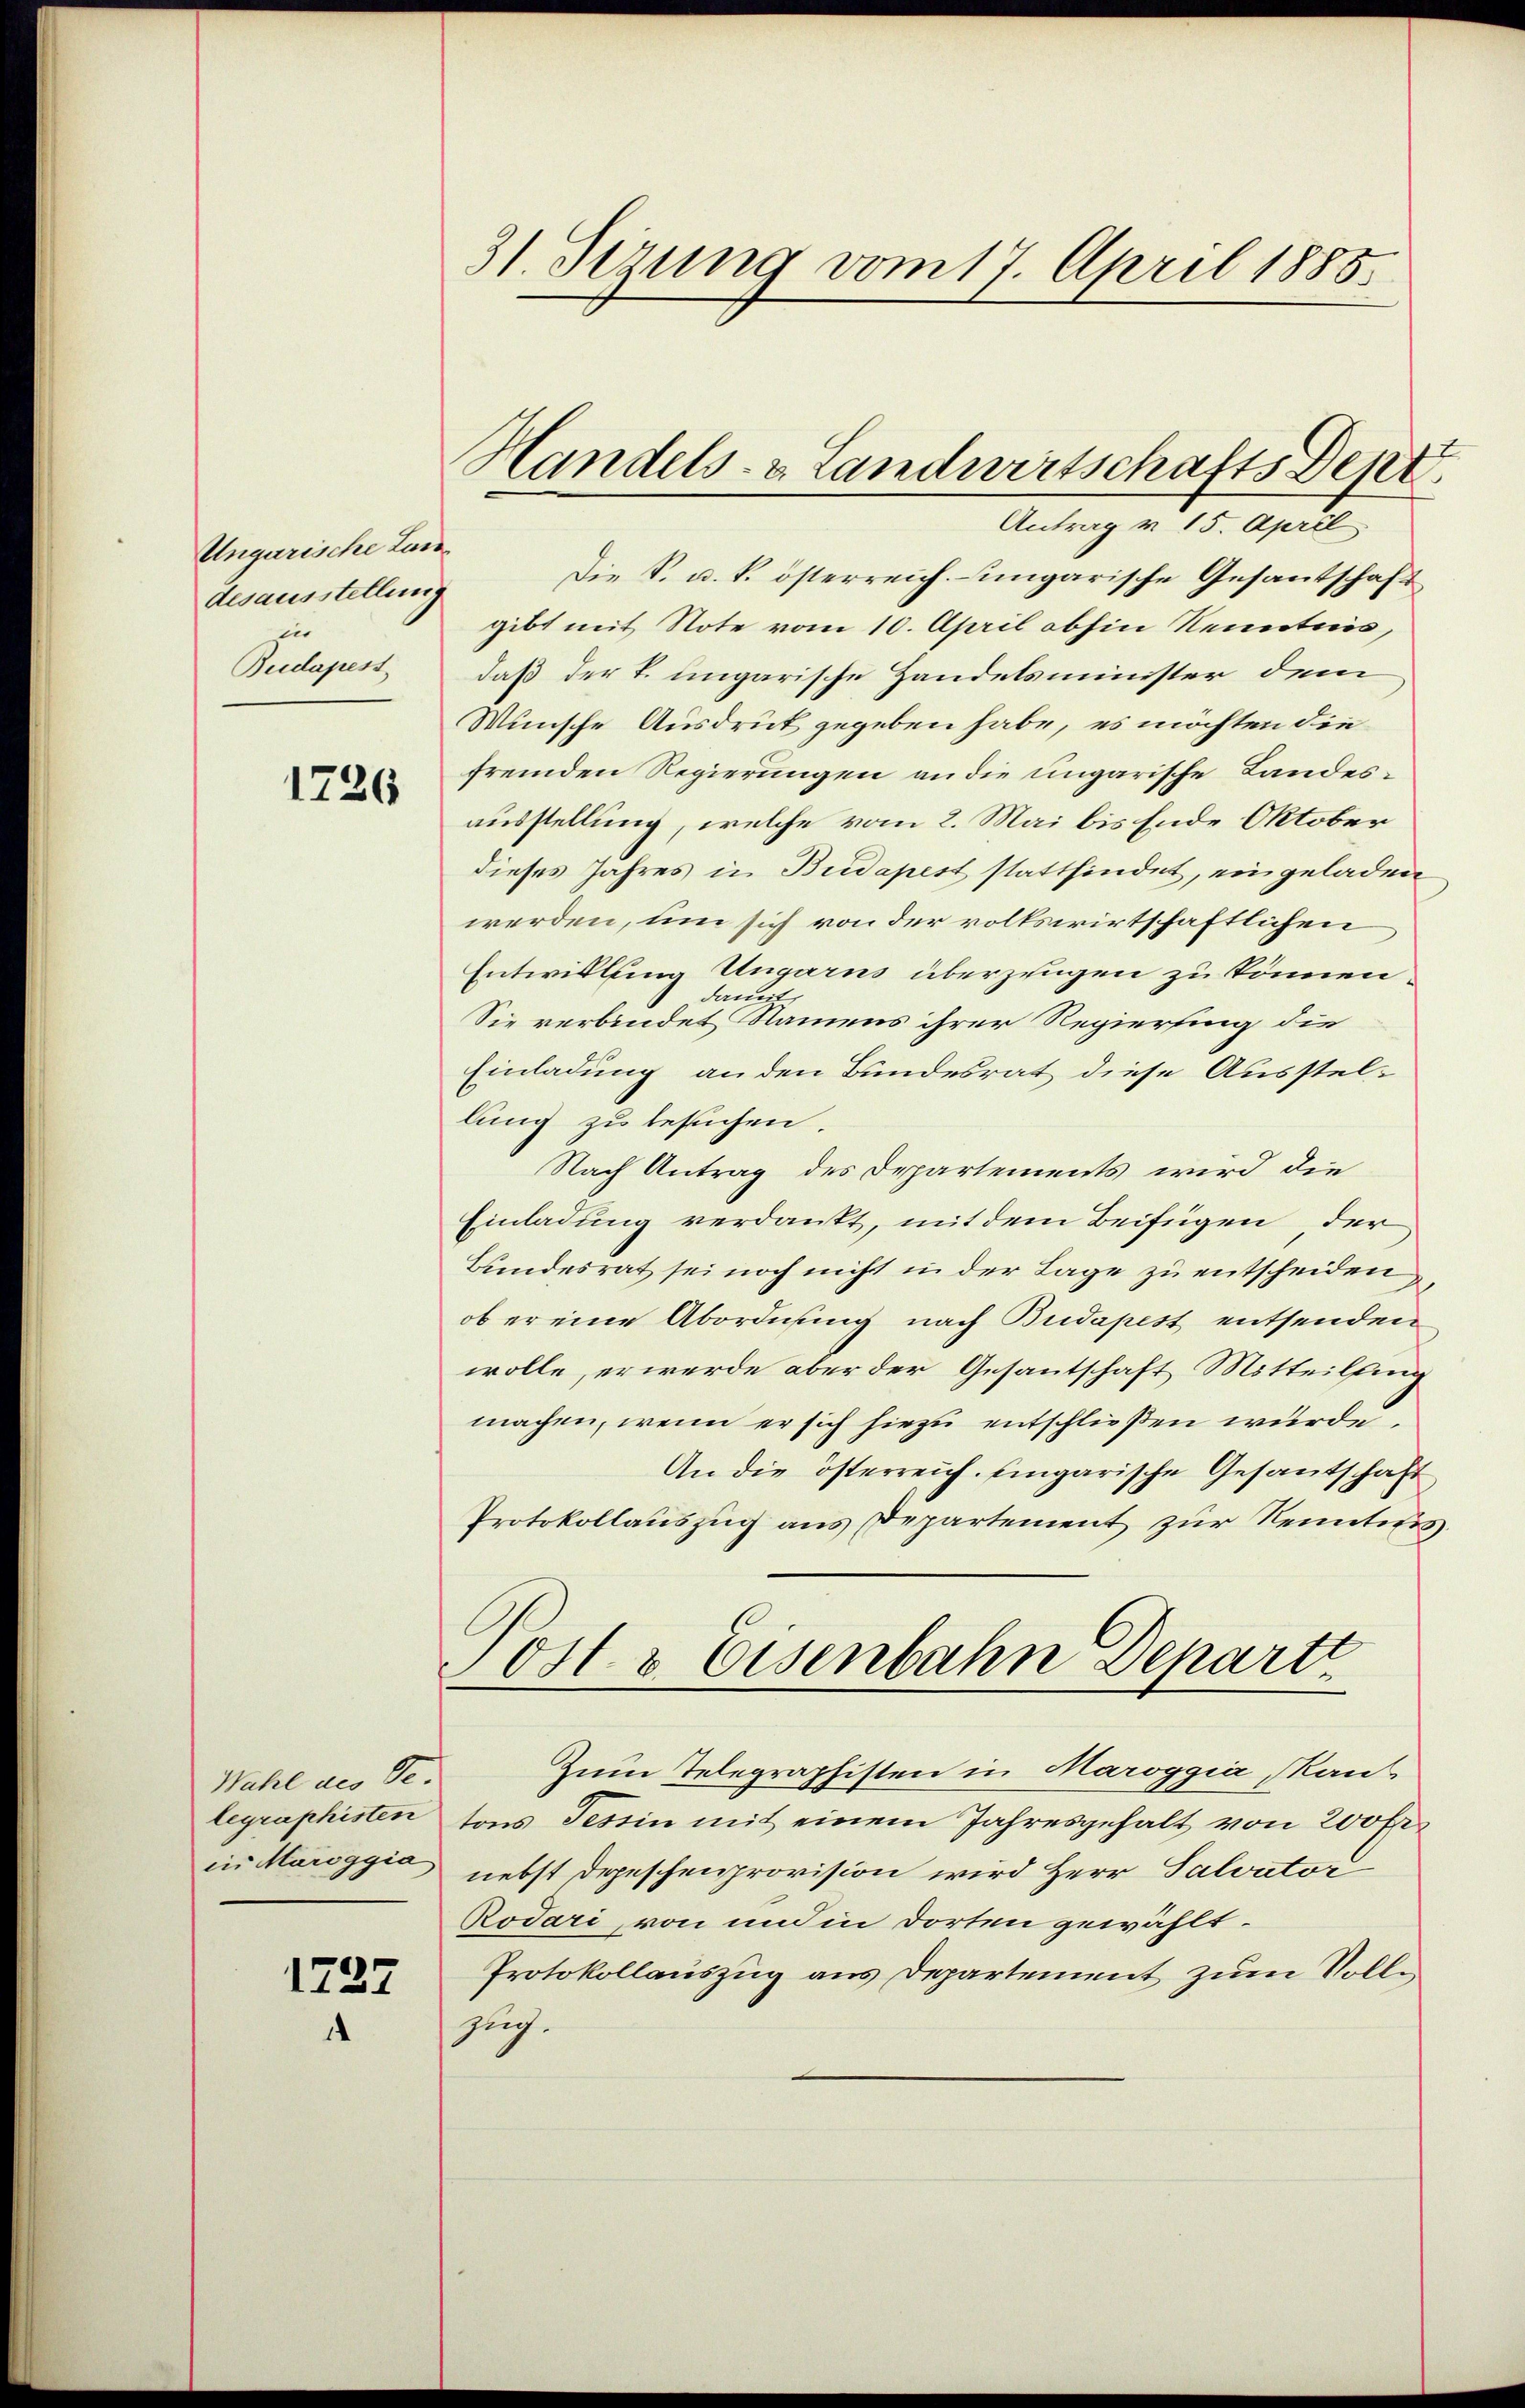
Ungarische Lan
desausstellung
in
Budapest

1726

Wahl als Se.
legraphisten
in Maroggia

1727

31. Setzung vom 17. April 1885.

Antrag v. 15. April
Die S. u. k. österreich-ungarische Gesantschaft
gibt mit Note vom 10. April abhin Kenntnis,
daß der k. ungarische Handelsminister dem
Wünsche Ausdruck gegeben habe, es möchten die
fremden Regierungen an die ungarische Landesausstellung, welche vom 2. Mai bis Ende Oktober
dieses Jahres in Budapest stattfindet, eingeladen
werden, um sich von der volkswirtschaftlichen
Entwicklung Ungarns überzeugen zu können.
damit,
Sie verbindet, Namens ihrer Regierung die
Einladung an den Bundesrat diese Ausstel-
lung zu besuchen.
Nach Antrag des Departements wird die
Einladung verdankt, mit dem Beifügen der
Bundesrat sei noch nicht in der Lage zu entscheiden,
ob er eine Abordnung nach Budapest entsenden
wolle, er werde aber der Gesantschaft Mitteilfing
machen, wenn er sich hiezu entschließen wurde.
An die österreich. Eingarische Gesantschaft
Protokollauszug aus Departement zur Kenntnis
Jost & Eisenbahn Departi
Zum Telegraphisten in Maroggia, Kant
tons Tessin mit einem Jahresgehalt von 200 Fr
nebst Depeschenprovision wird Herr Salvator
Rodari, von und in dorten gewählt.
Protokollauszug aus Departement zum Solle
such.

Handels- & Landwirtschafts Dept